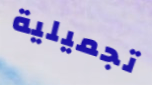
تجميلية